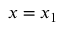
x = x _ { 1 }